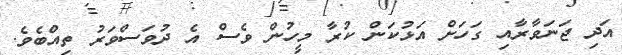
އަދި ޖަނަވާރާއި ގަހަށް އަޅުކަން ކުރާ މީހުން ވެސް އެ ދުވަސްވަރު ތިއްބެވެ.